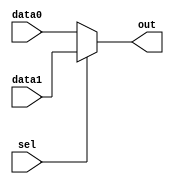
`timescale 1ns / 1ps

//////////////////////////////////////////////////////////////////////////////////
module MUX2M1(out,
             data0,
             data1,
             sel);
parameter lfsr_width=8;
output[lfsr_width-1:0] out;
input[lfsr_width-1:0] data0,
                     data1;
input sel;

assign out=sel?data1:data0;               
endmodule